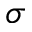
\sigma